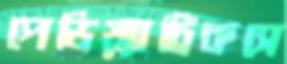
পেডিয়্যাট্রিকসে